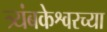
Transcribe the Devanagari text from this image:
त्र्यंबकेश्वरच्या